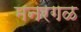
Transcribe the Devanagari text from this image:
मनरगळ